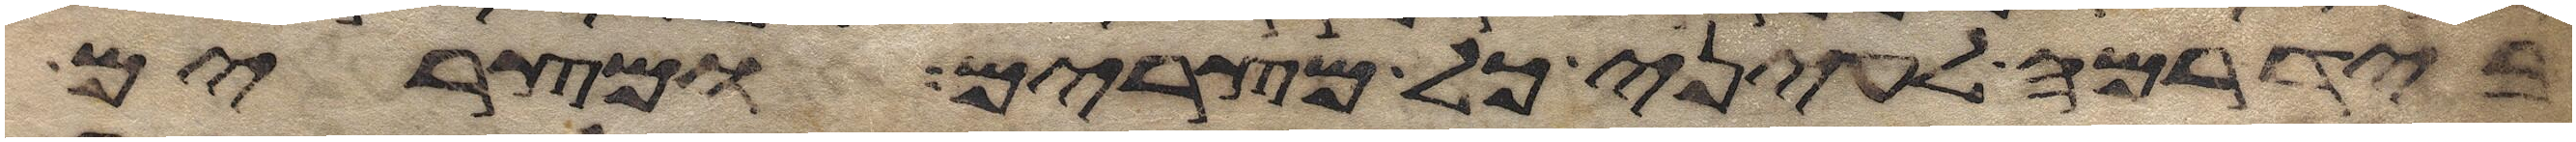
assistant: ביד רמה לעיני כל מצרים ומצרים